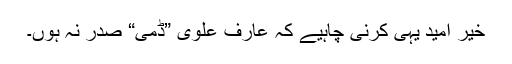
خیر اُمید یہی کرنی چاہیے کہ عارف علوی ”ڈمی“ صدر نہ ہوں۔